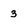
Character: 3